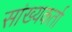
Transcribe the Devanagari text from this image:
सांख्यकर्ता